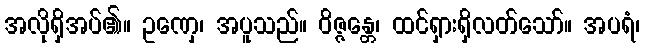
အလိုရှိအပ်၏။ ဥဏှေ၊ အပူသည်။ ဝိဇ္ဇန္တေ၊ ထင်ရှားရှိလတ်သော်။ အပရံ၊